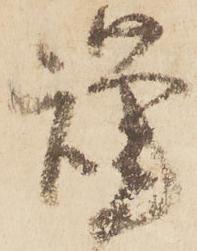
謹